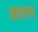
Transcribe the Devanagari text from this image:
मालागार